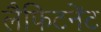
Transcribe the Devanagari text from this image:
लैफिटनेंट